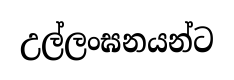
උල්ලංඝනයන්ට